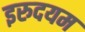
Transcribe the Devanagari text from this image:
इरुदयम